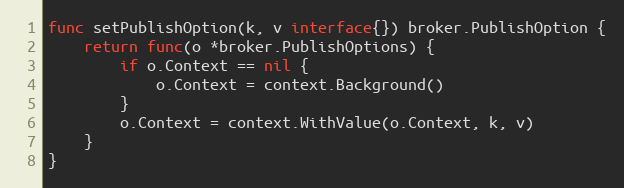
Language: Go
func setPublishOption(k, v interface{}) broker.PublishOption {
	return func(o *broker.PublishOptions) {
		if o.Context == nil {
			o.Context = context.Background()
		}
		o.Context = context.WithValue(o.Context, k, v)
	}
}